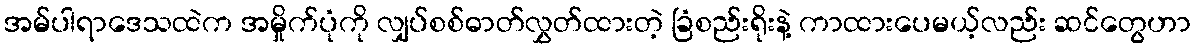
အမ်ပါရာဒေသထဲက အမှိုက်ပုံကို လျှပ်စစ်ဓာတ်လွှတ်ထားတဲ့ ခြံစည်းရိုးနဲ့ ကာထားပေမယ့်လည်း ဆင်တွေဟာ